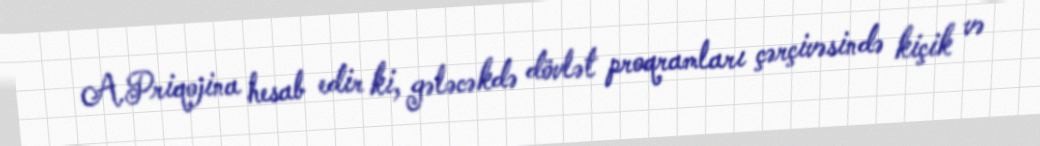
A.Priqojina hesab edir ki, gələcəkdə dövlət proqramları çərçivəsində kiçik və